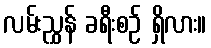
လမ်းညွှန် ခရီးစဉ် ရှိလား။